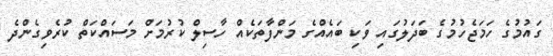
ގައުމުގެ ހަމަޖެހުމުގެ ބަދަލުގައި ވަކި ބައެއްގެ މަންފާތަކެއް ހާސިލް ކުރުމަށް މަސައްކަތް ކުރެވިގެންދެ